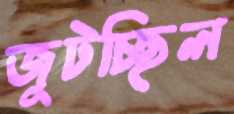
জুটচ্ছিল